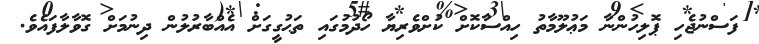
ފަސްނުޖެހި ޕޮލިހުންނާ މަޢުލޫމާތު ހިއްސާކޮށް ކުށްވެރިޔާ ހޯދުުމުގައި ތަޙުގީގަށް އެއްބާރުލުން ދިނުމަށް ގޮވާލާފައެވެ.